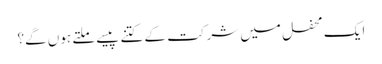
ایک محفل میں شرکت کے کتنے پیسے ملتے ہوں گے؟